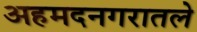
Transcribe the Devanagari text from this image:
अहमदनगरातले